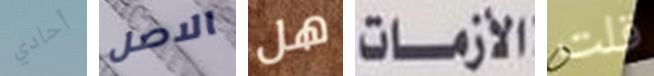
أحادي الاصل هل الأزمات قلت